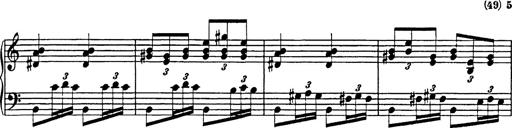
Title: Galop in A minor
Composer: Franz Liszt
Key: A minor